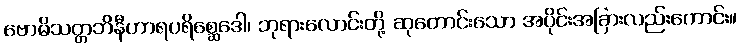
ဗောဓိသတ္တဘိနီဟာရပရိစ္ဆေဒေါ၊ ဘုရားလောင်းတို့ ဆုတောင်းသော အပိုင်းအခြားလည်းကောင်း။